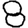
Digit: 8